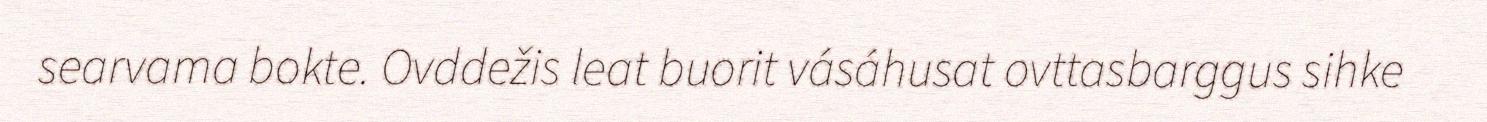
searvama bokte. Ovddežis leat buorit vásáhusat ovttasbarggus sihke